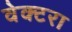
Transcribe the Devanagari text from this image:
वेक्टरा